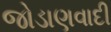
જોડાણવાદી